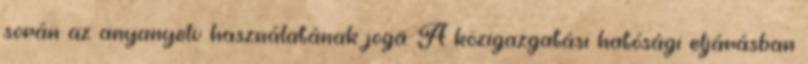
során az anyanyelv használatának joga. A közigazgatási hatósági eljárásban